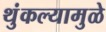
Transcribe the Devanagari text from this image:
थुंकल्यामुळे